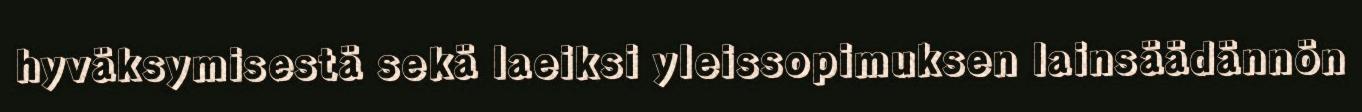
hyväksymisestä sekä laeiksi yleissopimuksen lainsäädännön